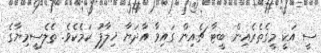
ސީ އަކީ މީގެތެރެއިން ބީޓާ ޗެއިން ގައިވާ އާދަޔާ ޚިލާފު ކަމެކެވެ. ތެލެސީމިޔާގެ